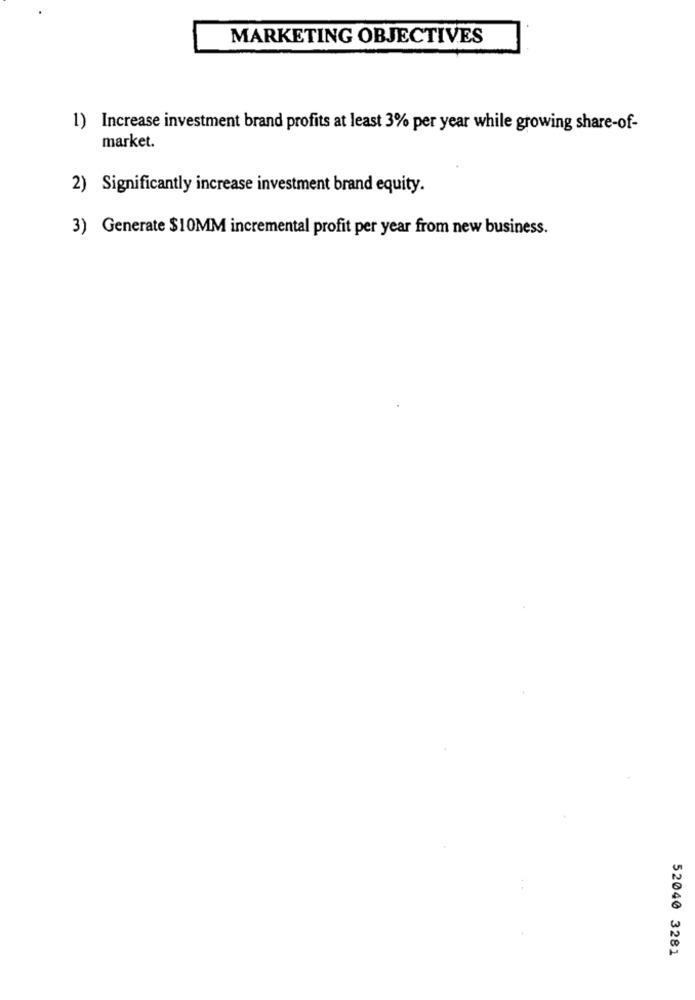
MARKETING OBJECTIVES
1) Increase investment brand profits at least 3% per year while growing share-of-
market.
2) Significantly increase investment brand equity.
3) Generate $10MM incremental profit per year from new business.
52040 3281